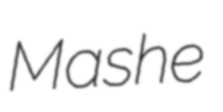
Mashe